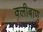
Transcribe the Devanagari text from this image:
क्लीबाणु